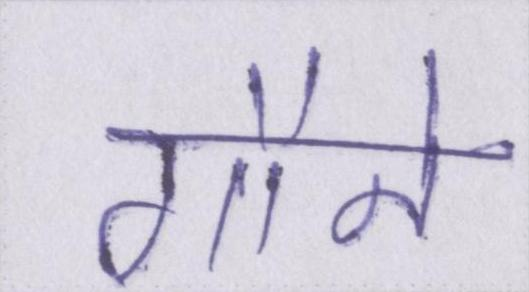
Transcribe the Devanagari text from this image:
गौने